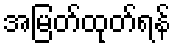
အမြတ်ထုတ်ရန်